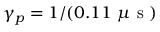
\gamma _ { p } = 1 / ( 0 . 1 1 ~ \mu \mathrm { ~ s ~ } )